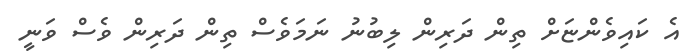
އެ ކައިވެންޏަށް ތިން ދަރިން ލިބުނު ނަމަވެސް ތިން ދަރިން ވެސް ވަނީ